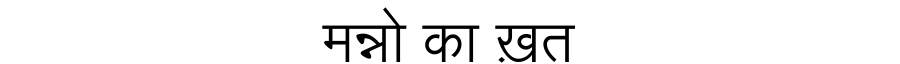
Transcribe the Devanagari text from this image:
मन्नो का ख़त